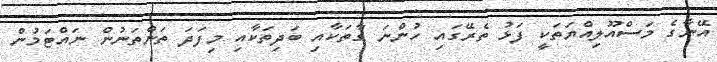
އޭނާގެ މަސްއޫލިއްޔަތަކީ ފަޅު ތެރޭގައި ހުންނަ ގާތަކާއި ބަދިތަކާއި މިފަދަ ތަންތަނުން ނައްޓަމުން